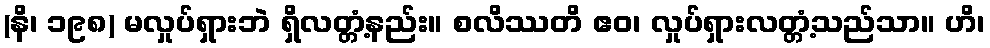
(နိ၊ ၁၉၈) မလှုပ်ရှားဘဲ ရှိလတ္တံ့နည်း။ စလိဿတိ ဧဝ၊ လှုပ်ရှားလတ္တံ့သည်သာ။ ဟိ၊